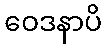
ဝေဒနာပိ